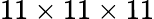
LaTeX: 11\times 11\times 11